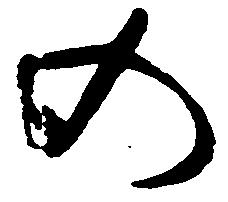
の